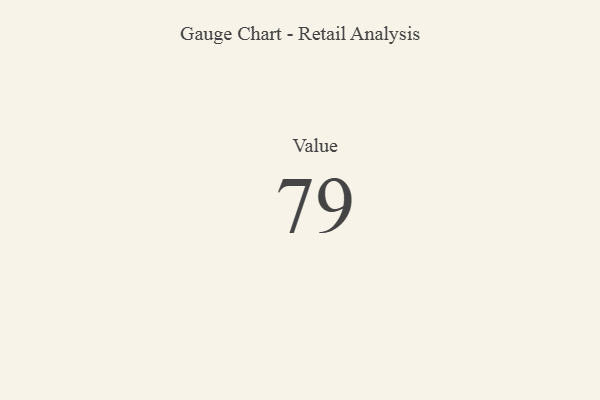
{"axis": {"x": "Metric", "y": "Value"}, "legend": [""], "data": [{"x": "Value", "y": 79, "type": ""}]}